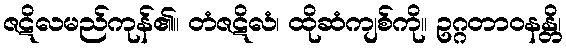
ဇဋိလမည်ကုန်၏။ တံဇဋိလံ၊ ထိုဆံကျစ်ကို။ ဥဂ္ဂတာဝနန္တိ၊